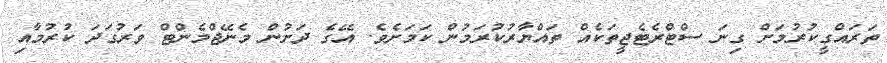
ތަރައްގީކުރުމަށް ގިނަ ސްޓްރެޓެޖީތަކެއް ތައްޔާރުކުރަމުން ކަމަށެވެ. އޭގެ ދަށުން މެނޭޖްމެންޓް ވަރުގަދަ ކުރުމާއި